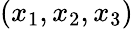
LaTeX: (x_{1},x_{2},x_{3})